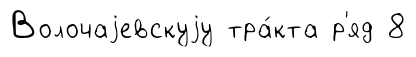
Волочаjевскуjу тра́кта р'яд 8